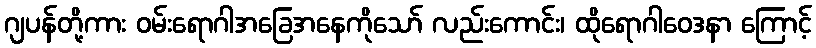
ဂျပန်တို့ကား ဝမ်းရောဂါအခြေအနေကိုသော် လည်းကောင်း၊ ထိုရောဂါဝေဒနာ ကြောင့်